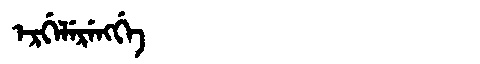
Manchu: ᡝᡵᡤᡝᠯᡝᡵᡝᠩᡤᡝ
Romanization: ERGELERENGGE